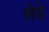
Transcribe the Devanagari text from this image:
लेहे